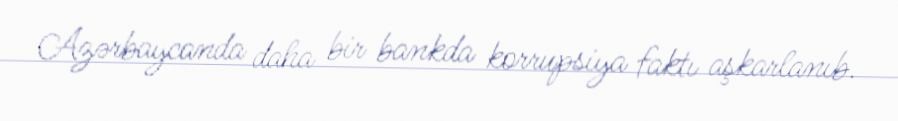
Azərbaycanda daha bir bankda korrupsiya faktı aşkarlanıb.